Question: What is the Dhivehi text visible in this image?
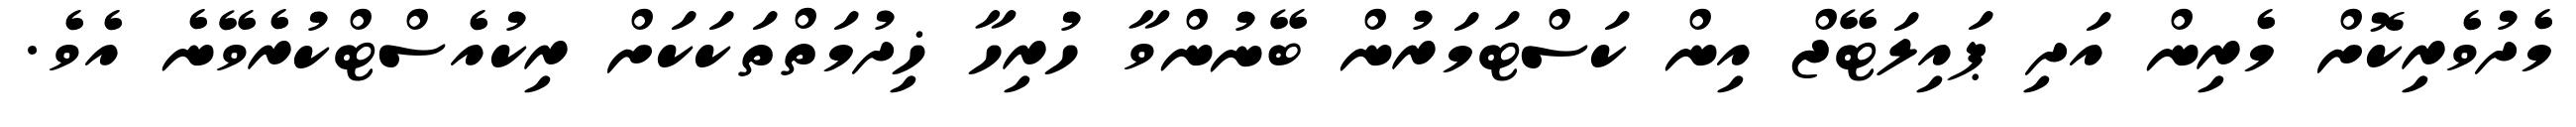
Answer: މެދުވެރިކޮށް މެރިން އަދި ޕައިލަޓޭޖް އިން ކަސްޓަމަރުން ބޭނުންވާ ހުރިހާ ޚިދުމަތްތަކަކަށް ރިކުއެސްޓްކުރެވޭނެ އެވެ.